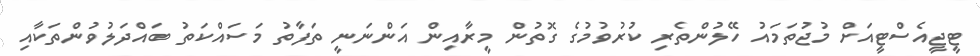
ޓީޖީއެސްޓީއަށް މުޖުތަމައު ހޭލުންތެރި ކުރުވުމުގެ ގޮތުން މީރާއިން އަންނަނީ ތަފާތު މަސައްކަތު ބައްދަލުވުންތަކާއި